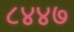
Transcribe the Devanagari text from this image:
८४४७